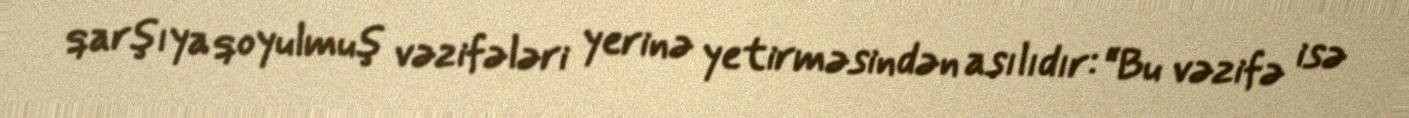
qarşıya qoyulmuş vəzifələri yerinə yetirməsindən asılıdır: “Bu vəzifə isə